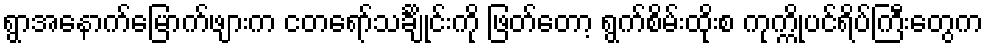
ရွာအနောက်မြောက်ဖျားက ငတရော်သင်္ချိုင်းကို ဖြတ်တော့ ရွက်စိမ်းထိုးစ ကုက္ကိုပင်ရိပ်ကြီးတွေက